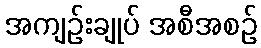
အကျဉ်းချုပ် အစီအစဉ်